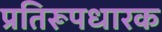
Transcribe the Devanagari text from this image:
प्रतिरूपधारक